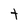
Character: t